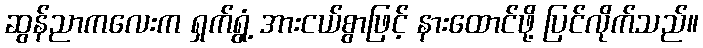
ဆွန်ညာကလေးက ရှက်ရွံ့ အားငယ်စွာဖြင့် နားထောင်ဖို့ ပြင်လိုက်သည်။